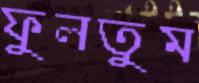
ফুলতুম